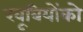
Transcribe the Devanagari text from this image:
खूबियोंको